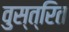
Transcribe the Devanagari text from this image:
वुस्त्रित